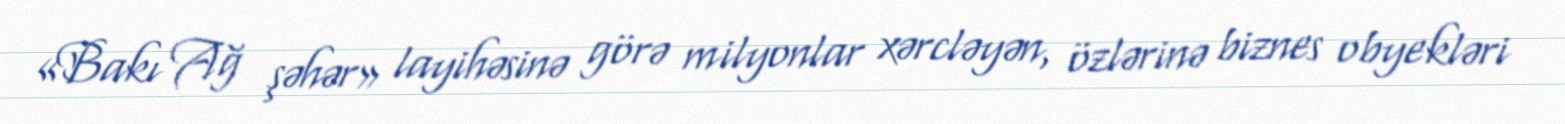
«Bakı Ağ şəhər» layihəsinə görə milyonlar xərcləyən, özlərinə biznes obyekləri